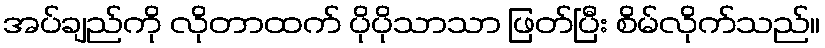
အပ်ချည်ကို လိုတာထက် ပိုပိုသာသာ ဖြတ်ပြီး စိမ်လိုက်သည်။